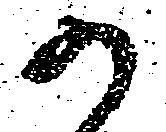
か